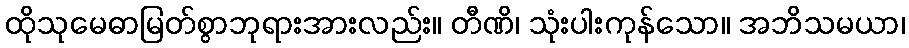
ထိုသုမေဓာမြတ်စွာဘုရားအားလည်း။ တီဏိ၊ သုံးပါးကုန်သော။ အဘိသမယာ၊